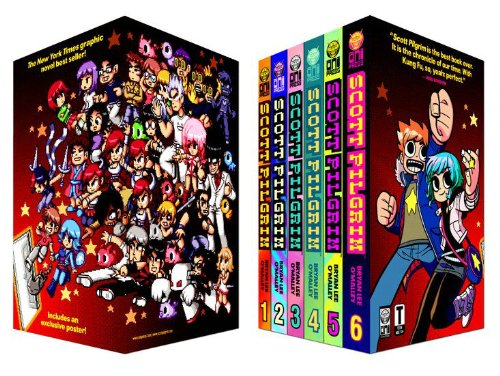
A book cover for Scott Pilgrims Precious Little Boxset; Bryan Lee O'Malley; Comics & Graphic Novels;